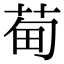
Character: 䓒